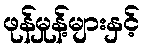
ဖုန်မှုန့်များနှင့်